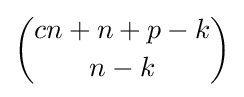
{\binom {cn+n+p-k}{n-k}}